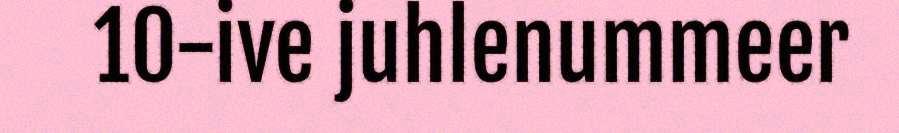
10-ive juhlenummeer